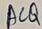
Text: ACQ